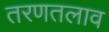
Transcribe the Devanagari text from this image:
तरणतलाव